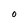
Character: O